Vaccination in Bombay 1869-1873 - 1869-1873
Year: 1869
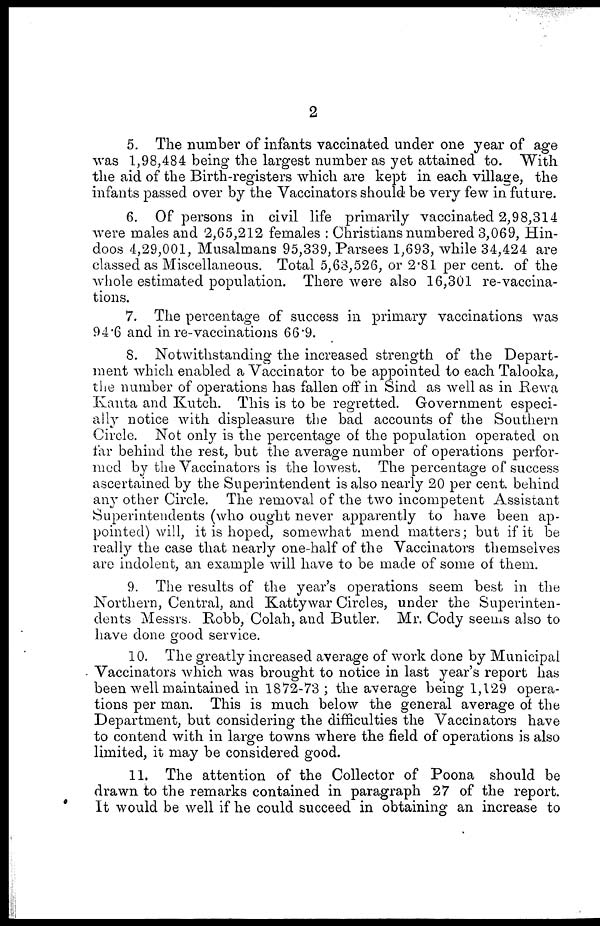
2
5. The number of infants vaccinated under one year of age
was 1,98,484 being the largest number as yet attained to. With
the aid of the Birth-registers which are kept in each village, the
infants passed over by the Vaccinators should be very few in future.
6. Of persons in civil life primarily vaccinated 2,98,314
were males and 2,65,212 females : Christians numbered 3,069, Hin-
doos 4,29,001, Musalmans 95,339, Parsees 1,693, while 34,424 are
classed as Miscellaneous. Total 5,63,526, or 2.81 per cent. of the
whole estimated population. There were also 16,301 re-vaccina-
tions.
7. The percentage of success in primary vaccinations was
94.6 and in re-vaccinations 66.9.
8. Notwithstanding the increased strength of the Depart-
ment which enabled a Vaccinator to be appointed to each Talooka,
the number of operations has fallen off in Sind as well as in Rewa
Kanta and Kutch. This is to be regretted. Government especi-
ally notice with displeasure the bad accounts of the Southern
Circle. Not only is the percentage of the population operated on
far behind the rest, but the average number of operations perfor-
med by the Vaccinators is the lowest. The percentage of success
ascertained by the Superintendent is also nearly 20 per cent. behind
any other Circle. The removal of the two incompetent Assistant
Superintendents (who ought never apparently to have been ap-
pointed) will, it is hoped, somewhat mend matters; but if it be
really the case that nearly one-half of the Vaccinators themselves
are indolent, an example will have to be made of some of them.
9. The results of the year's operations seem best in the
Northern, Central, and Kattywar Circles, under the Superinten-
dents Messrs. Robb, Colah, and Butler. Mr. Cody seems also to
have done good service.
10. The greatly increased average of work done by Municipal
Vaccinators which was brought to notice in last year's report has
been well maintained in 1872-73 ; the average being 1,129 opera-
tions per man. This is much below the general average of the
Department, but considering the difficulties the Vaccinators have
to contend with in large towns where the field of operations is also
limited, it may be considered good.
11. The attention of the Collector of Poona should be
drawn to the remarks contained in paragraph 27 of the report.
It would be well if he could succeed in obtaining an increase to